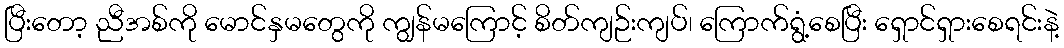
ပြီးတော့ ညီအစ်ကို မောင်နှမတွေကို ကျွန်မကြောင့် စိတ်ကျဉ်းကျပ်၊ ကြောက်ရွံ့စေပြီး ရှောင်ရှားစေရင်းနဲ့